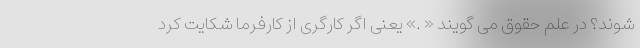
شوند؟ در علم حقوق می گویند « .» یعنی اگر کارگری از کارفرما شکایت کرد